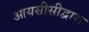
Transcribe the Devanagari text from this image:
आयसीसीद्वारा